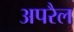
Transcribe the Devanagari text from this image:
अपरैल